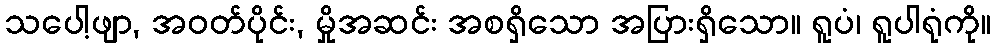
သပေါ့ဖျာ, အဝတ်ပိုင်း, မှိုအဆင်း အစရှိသော အပြားရှိသော။ ရူပံ၊ ရူပါရုံကို။